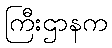
ကြီးဌာနက